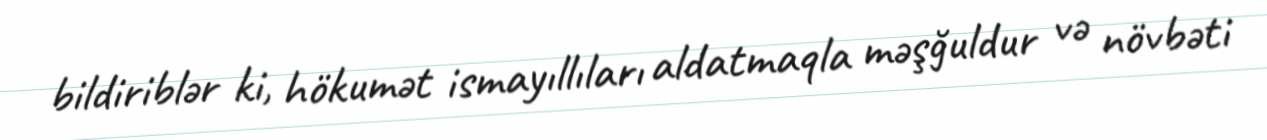
bildiriblər ki, hökumət ismayıllıları aldatmaqla məşğuldur və növbəti